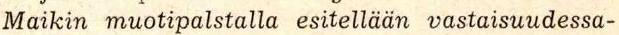
Maikin muotipalstalla esitellään vastaisuudessa-